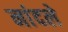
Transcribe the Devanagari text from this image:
नांदले